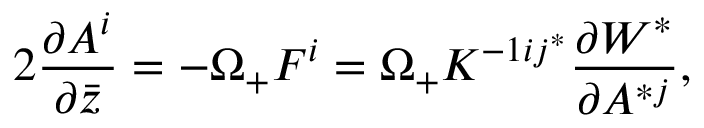
2 { \frac { \partial A ^ { i } } { \partial \bar { z } } } = - \Omega _ { + } F ^ { i } = \Omega _ { + } K ^ { - 1 i j ^ { * } } \frac { \partial { \cal W } ^ { * } } { \partial A ^ { * j } } ,